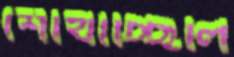
শোঁখাচ্ছিলি